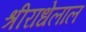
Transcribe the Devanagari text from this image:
श्रीराधेलाल